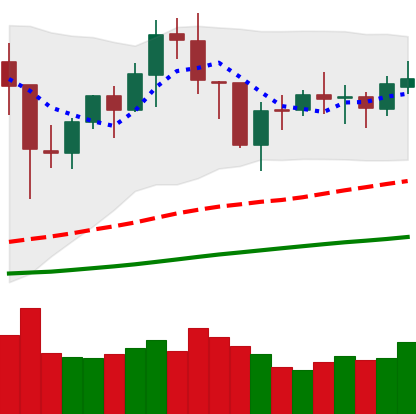
Ticker: BNB-USD
Chart end date: 2021-01-29
Forward return: 21.913%
Label: up_7plus